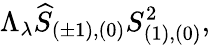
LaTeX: \Lambda_{\lambda}\widehat{S}_{(\pm 1),(0)}S_{(1),(0)}^{2},